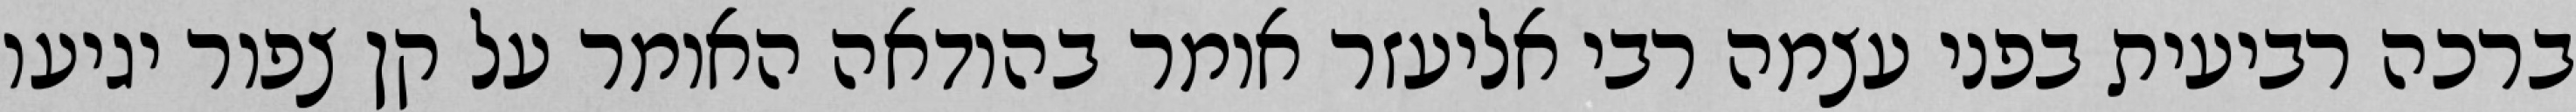
ברכה רביעית בפני עצמה רבי אליעזר אומר בהודאה האומר על קן צפור יגיעו